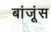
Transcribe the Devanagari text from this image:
बांजूंस